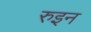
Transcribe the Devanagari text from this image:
रुइन